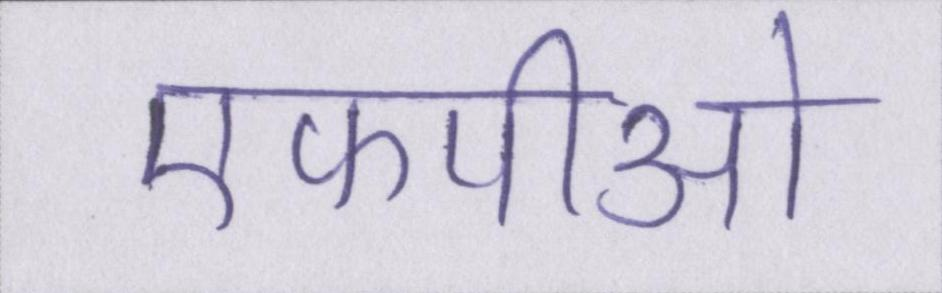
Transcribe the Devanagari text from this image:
एफपीओ